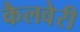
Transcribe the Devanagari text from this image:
कैलवेरी